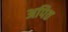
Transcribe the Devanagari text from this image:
अपित